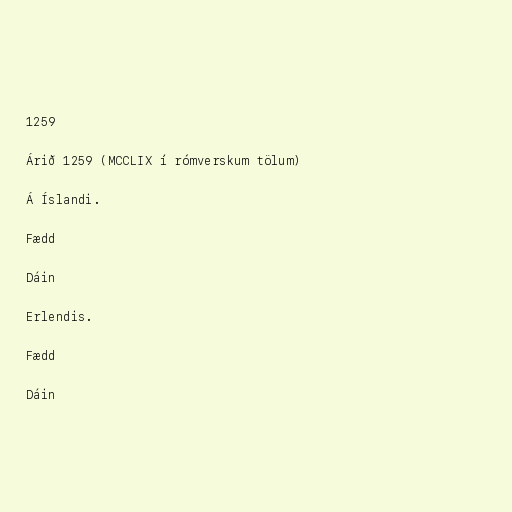
1259

Árið 1259 (MCCLIX í rómverskum tölum)

Á Íslandi.

Fædd

Dáin

Erlendis.

Fædd

Dáin